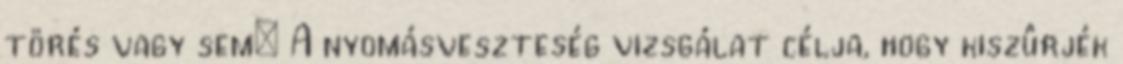
törés vagy sem; A nyomásveszteség vizsgálat célja, hogy kiszûrjék